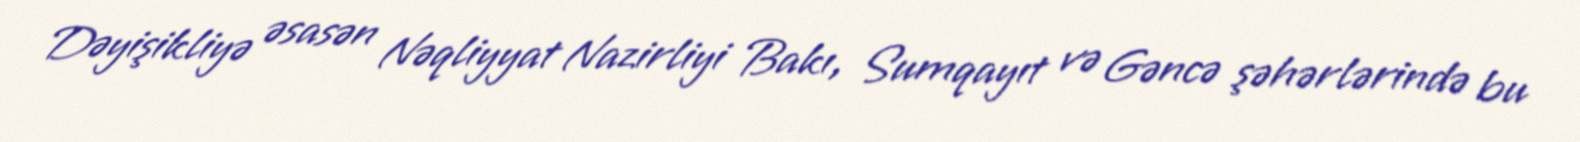
Dəyişikliyə əsasən Nəqliyyat Nazirliyi Bakı, Sumqayıt və Gəncə şəhərlərində bu